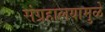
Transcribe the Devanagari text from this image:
संग्रहालयामुळे